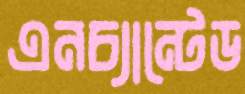
এনচ্যান্টেড